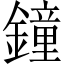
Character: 鐘